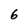
Character: 6